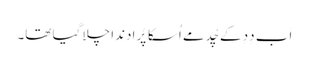
اَب دِدِ کے چُد مے اُسکا پُرا دندا چلا گیا تھا۔